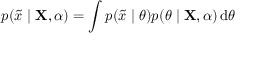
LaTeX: p ( { \tilde { x } } \mid \mathbf { X } , \alpha ) = \int p ( { \tilde { x } } \mid \theta ) p ( \theta \mid \mathbf { X } , \alpha ) \operatorname { d } \! \theta